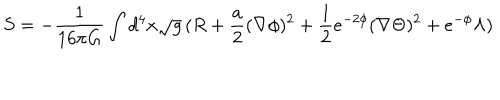
S = - \frac { 1 } { 1 6 \pi G } \int d ^ { 4 } x \sqrt { g } \, ( R + \frac { a } { 2 } ( \nabla \phi ) ^ { 2 } + \frac { 1 } { 2 } e ^ { - 2 \phi } ( \nabla \Theta ) ^ { 2 } + e ^ { - \phi } \Lambda )